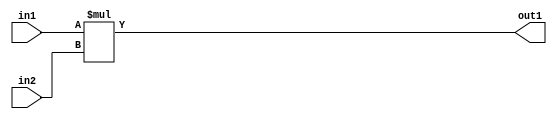
`timescale 1ps / 1ps
/*****************************************************************************
    Verilog RTL Description
    
    
    Created by: Stratus DpOpt 2019.1.01 
*******************************************************************************/

module SobelFilter_Mul_2Ux2U_4U_1 (
	in2,
	in1,
	out1
	); /* architecture "behavioural" */ 
input [1:0] in2,
	in1;
output [3:0] out1;
wire [3:0] asc001;

assign asc001 = 
	+(in1 * in2);

assign out1 = asc001;
endmodule

/* CADENCE  urnwSgw= : u9/ySgnWtBlWxVPRXgAZ4Og= ** DO NOT EDIT THIS LINE ******/